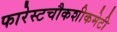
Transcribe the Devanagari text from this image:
फारेस्टचौकशीकमेटी